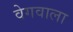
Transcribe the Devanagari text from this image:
वेगवाला